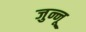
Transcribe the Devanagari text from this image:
जुन्नू